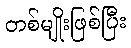
တစ်မျိုးဖြစ်ပြီး